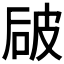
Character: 𰦻